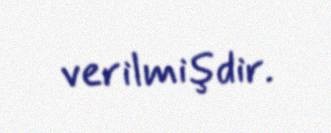
verilmişdir.